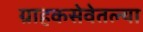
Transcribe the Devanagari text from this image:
ग्राहकसेवेतल्या